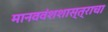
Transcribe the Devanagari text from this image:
मानववंशशास्त्राचा